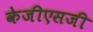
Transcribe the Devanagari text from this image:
केजीएसजी